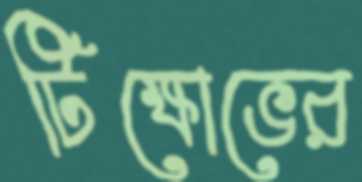
টিক্ষোভের